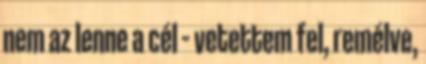
nem az lenne a cél – vetettem fel, remélve,